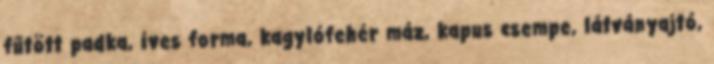
fűtött padka, íves forma, kagylófehér máz, kapus csempe, látványajtó,